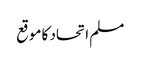
مسلم اتحاد کا موقع